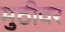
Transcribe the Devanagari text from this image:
मुठीवर